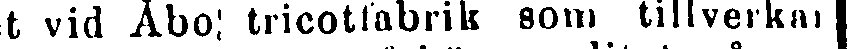
het vid Åbo,' tricotfabrik som tillverkar